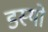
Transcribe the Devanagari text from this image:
डस्यो